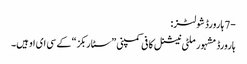
-7 ہارورڈ شولٹز:
ہارورڈ مشہور ملٹی نیشنل کافی کمپنی ”سٹاربکز“ کے سی ای او ہیں۔